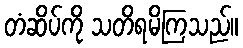
တံဆိပ်ကို သတိရမိကြသည်။